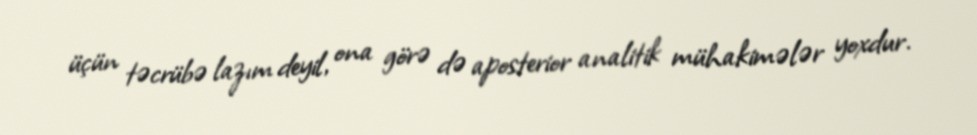
üçün təcrübə lazım deyil, ona görə də aposterior analitik mühakimələr yoxdur.